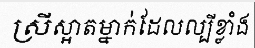
ស្រីស្អាតម្នាក់ដែលល្បីខ្លាំង